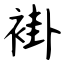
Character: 褂